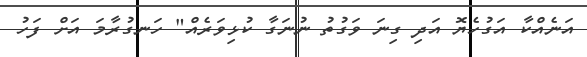
އަނެއްކާ އަގުހެޔޮ އަދި ގިނަ ވަގުތު ނުނަގާ ކުޅިވަރެއް" ހަނގުރާމަ އަށް ފަހު